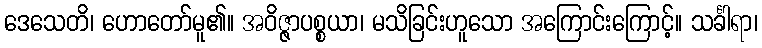
ဒေသေတိ၊ ဟောတော်မူ၏။ အဝိဇ္ဇာပစ္စယာ၊ မသိခြင်းဟူသော အကြောင်းကြောင့်။ သင်္ခါရာ၊